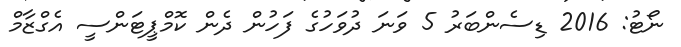
ނޯޓު: 2016 ޑިސެންބަރު 5 ވަނަ ދުވަހުގެ ފަހުން ދެން ކޮމްޕީޓަންސީ އެގްޒާމް